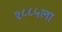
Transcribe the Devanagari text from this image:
१८८५ला